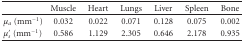
<table><thead><tr><td></td><td><b>Muscle</b></td><td><b>Heart</b></td><td><b>Lungs</b></td><td><b>Liver</b></td><td><b>Spleen</b></td><td><b>Bone</b></td></tr></thead><tbody><tr><td><i>μ</i><sub><i>a</i></sub> (mm<sup>-1</sup>)</td><td>0.032</td><td>0.022</td><td>0.071</td><td>0.128</td><td>0.075</td><td>0.002</td></tr><tr><td><i>μ</i><sub><i>s</i></sub>′ (mm<sup>-1</sup>)</td><td>0.586</td><td>1.129</td><td>2.305</td><td>0.646</td><td>2.178</td><td>0.935</td></tr></tbody></table>